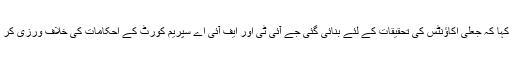
انہوں نے کہا کہ جعلی اکاؤنٹس کی تحقیقات کے لئے بنائی گئی جے آئی ٹی اور ایف آئی اے سپریم کورٹ کے احکامات کی خلاف ورزی کر رہے ہیں۔